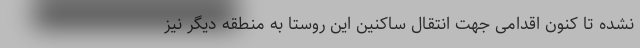
نشده‌ تا کنون اقدامی جهت انتقال ساکنین این روستا به منطقه دیگر نیز